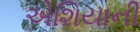
એશિયાની